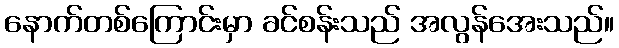
နောက်တစ်ကြောင်းမှာ ခင်စန်းသည် အလွန်အေးသည်။